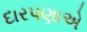
દારપણાએ